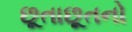
છૂતાછૂતનો